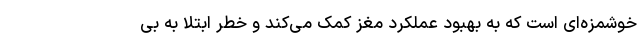
خوشمزه‌ای است که به بهبود عملکرد مغز کمک می‌کند و خطر ابتلا به بی